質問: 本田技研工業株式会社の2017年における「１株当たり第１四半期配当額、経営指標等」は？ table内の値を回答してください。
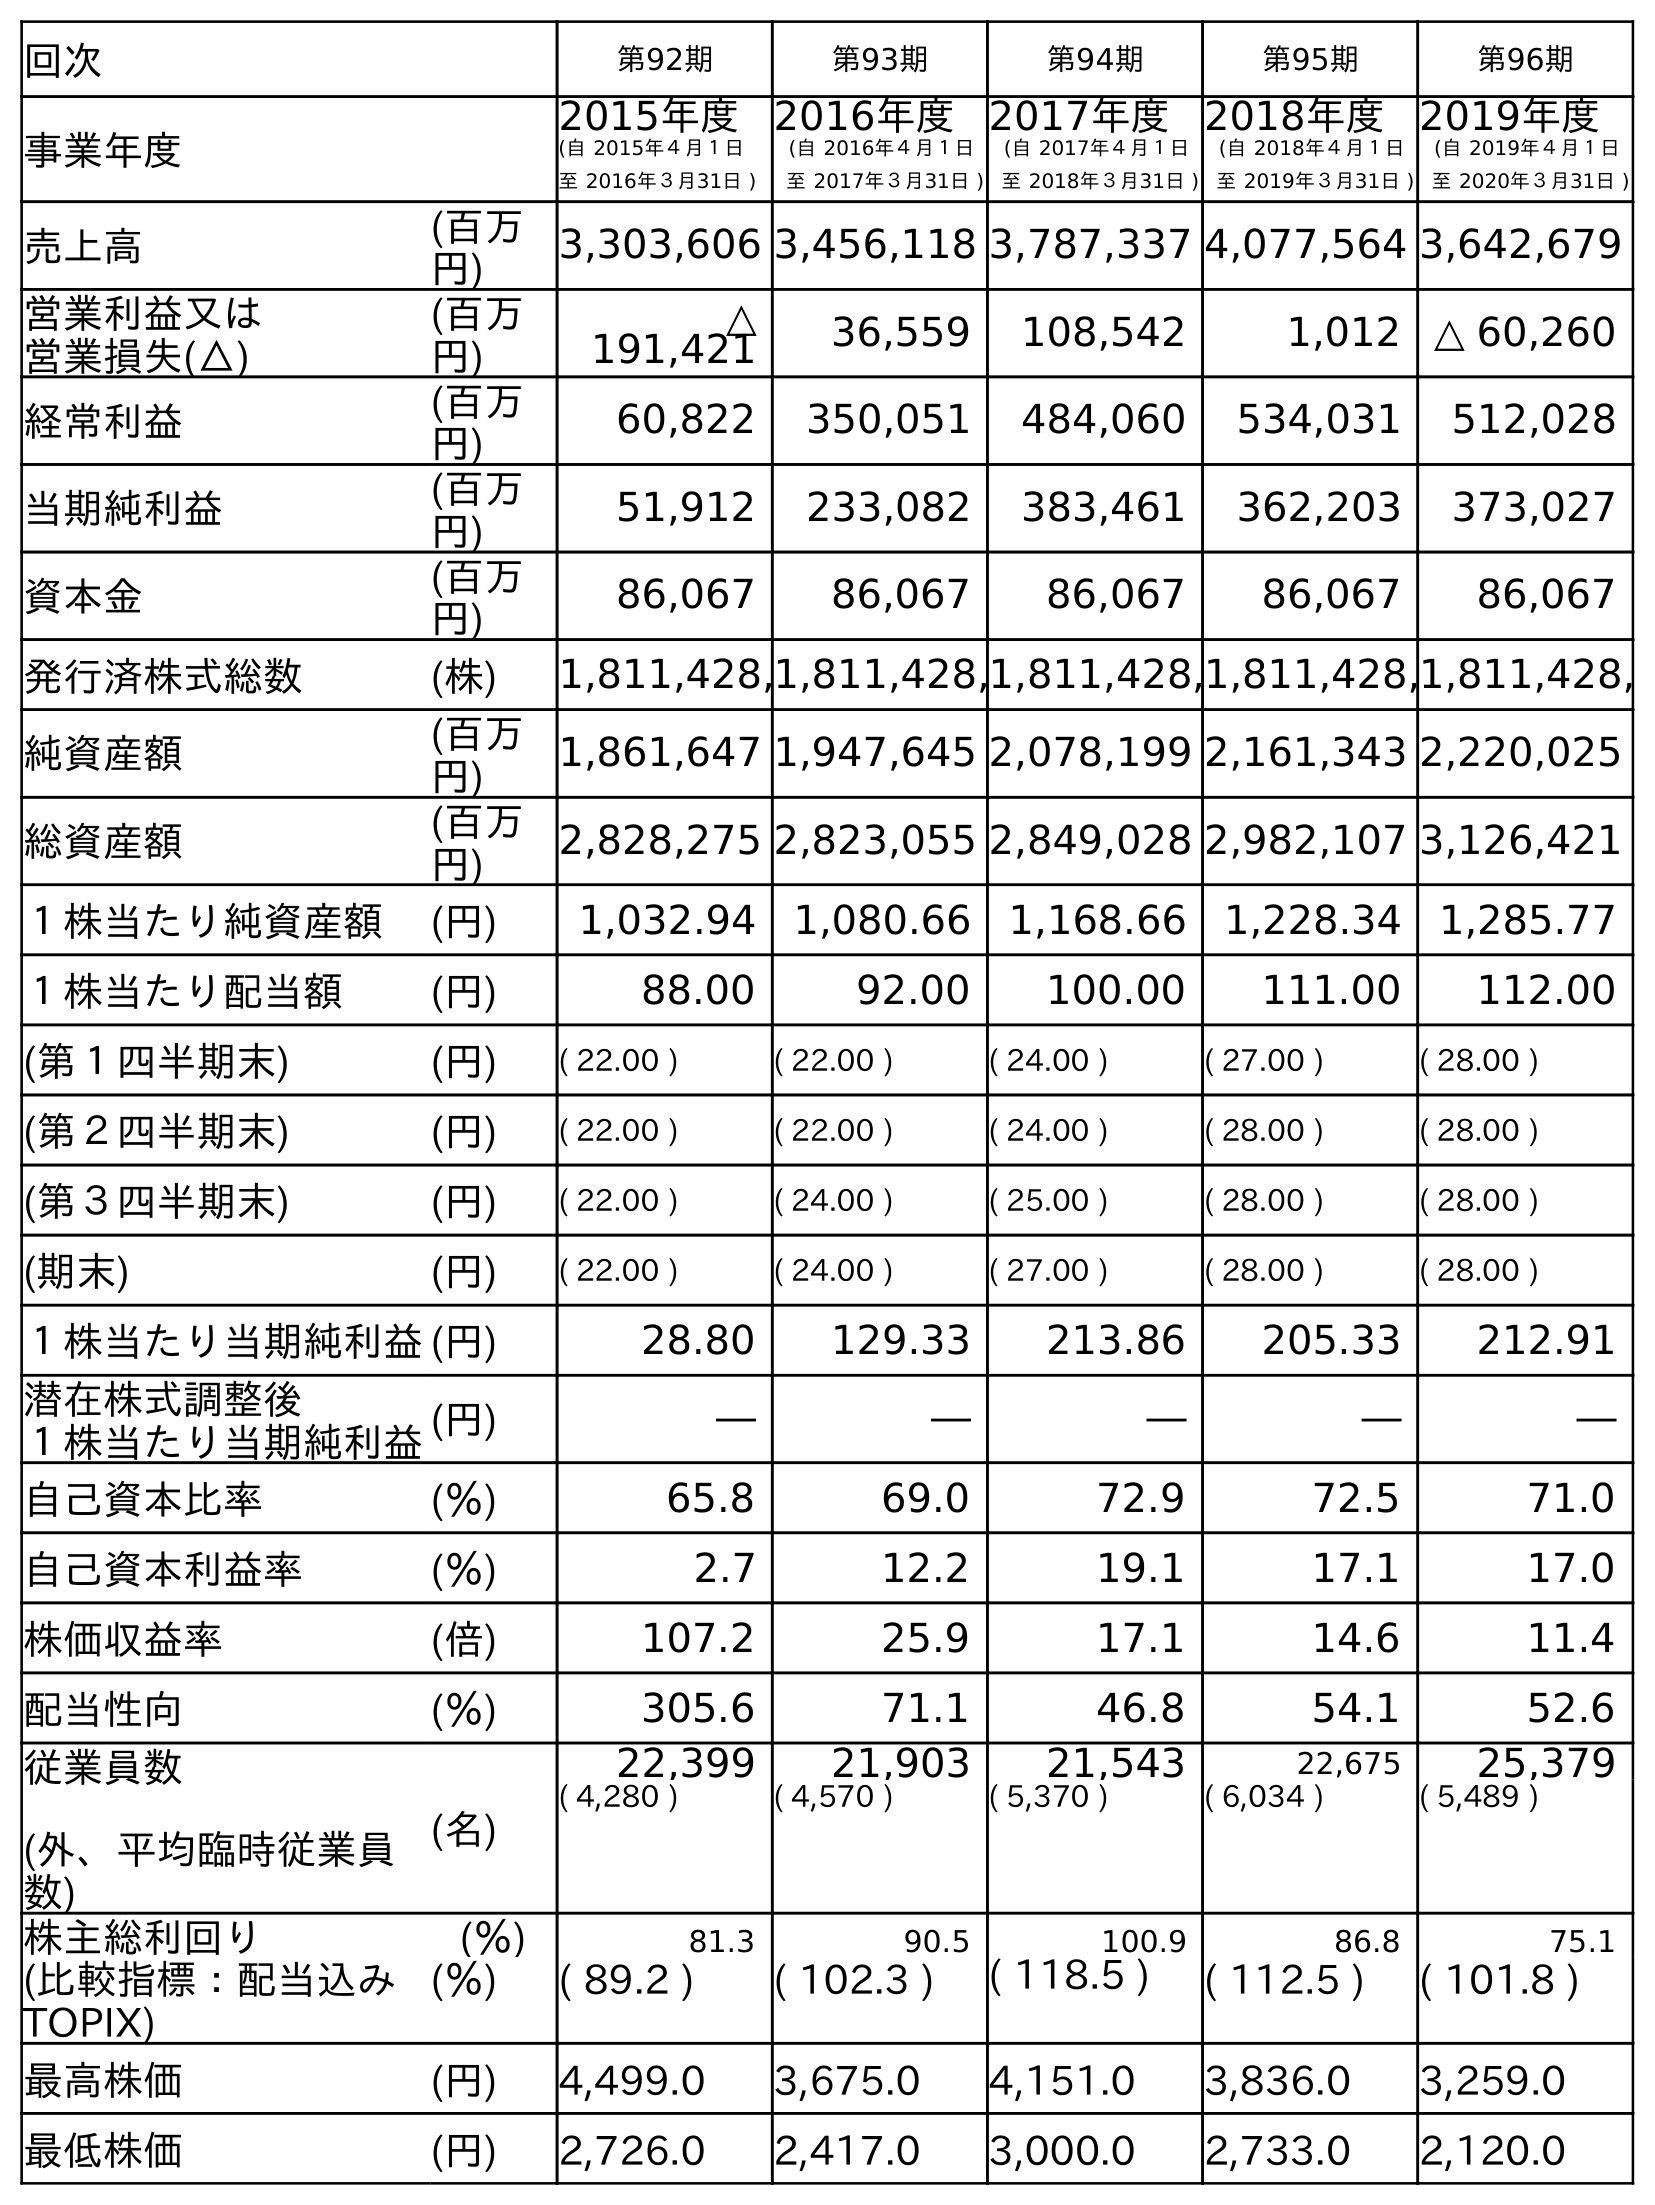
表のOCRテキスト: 回次 第92期 第93期 第94期 第95期 第96期 事業年度 2015年度 (自 2015年４月１日 至 2016年３月31日 ) 2016年度 (自 2016年４月１日 至 2017年３月31日 ) 2017年度 (自 2017年４月１日 至 2018年３月31日 ) 2018年度 (自 2018年４月１日 至 2019年３月31日 ) 2019年度 (自 2019年４月１日 至 2020年３月31日 ) 売上高 (百万 円) 3,303,606 3,456,118 3,787,337 4,077,564 3,642,679 営業利益又は 営業損失(△) (百万 円) △ 191,421 36,559 108,542 1,012 △ 60,260 経常利益 (百万 円) 60,822 350,051 484,060 534,031 512,028 当期純利益 (百万 円) 51,912 233,082 383,461 362,203 373,027 資本金 (百万 円) 86,067 86,067 86,067 86,067 86,067 発行済株式総数 (株) 1,811,428,1,811,428,1,811,428,1,811,428,1,811,428, 純資産額 (百万 円) 1,861,647 1,947,645 2,078,199 2,161,343 2,220,025 総資産額 (百万 円) 2,828,275 2,823,055 2,849,028 2,982,107 3,126,421 １株当たり純資産額 (円) 1,032.94 1,080.66 1,168.66 1,228.34 1,285.77 １株当たり配当額 (円) 88.00 92.00 100.00 111.00 112.00 (第１四半期末) (円) ( 22.00 ) ( 22.00 ) ( 24.00 ) ( 27.00 ) ( 28.00 ) (第２四半期末) (円) ( 22.00 ) ( 22.00 ) ( 24.00 ) ( 28.00 ) ( 28.00 ) (第３四半期末) (円) ( 22.00 ) ( 24.00 ) ( 25.00 ) ( 28.00 ) ( 28.00 ) (期末) (円) ( 22.00 ) ( 24.00 ) ( 27.00 ) ( 28.00 ) ( 28.00 ) １株当たり当期純利益(円) 28.80 129.33 213.86 205.33 212.91 潜在株式調整後 １株当たり当期純利益(円) ― ― ― ― ― 自己資本比率 (％) 65.8 69.0 72.9 72.5 71.0 自己資本利益率 (％) 2.7 12.2 19.1 17.1 17.0 株価収益率 (倍) 107.2 25.9 17.1 14.6 11.4 配当性向 (％) 305.6 71.1 46.8 54.1 52.6 従業員数 (外、平均臨時従業員 数) (名) 22,399 21,903 21,543 22,675 25,379 ( 4,280 ) ( 4,570 ) ( 5,370 ) ( 6,034 ) ( 5,489 ) 株主総利回り (％) 81.3 90.5 100.9 86.8 75.1 (比較指標：配当込み TOPIX) (％) ( 89.2 ) ( 102.3 ) ( 118.5 ) ( 112.5 ) ( 101.8 ) 最高株価 (円) 4,499.0 3,675.0 4,151.0 3,836.0 3,259.0 最低株価 (円) 2,726.0 2,417.0 3,000.0 2,733.0 2,120.0
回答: (22.00)